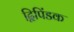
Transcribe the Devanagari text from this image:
द्विपिंडक